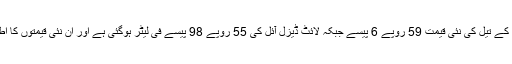
اس اضافے کے بعد مٹی کے تیل کی نئی قیمت 59 روپے 6 پیسے جبکہ لائٹ ڈیزل آئل کی 55 روپے 98 پیسے فی لیٹر ہوگئی ہے اور ان نئی قیمتوں کا اطلاق فوری طور پر ہوگا۔